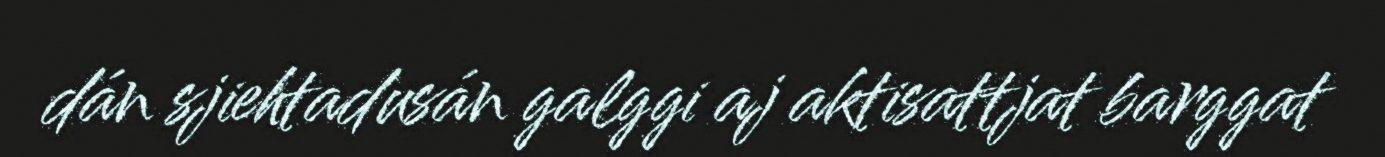
dán sjiehtadusán galggi aj aktisattjat barggat